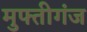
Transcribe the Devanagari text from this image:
मुफ्तीगंज